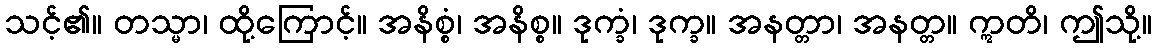
သင့်၏။ တသ္မာ၊ ထို့ကြောင့်။ အနိစ္စံ၊ အနိစ္စ။ ဒုက္ခံ၊ ဒုက္ခ။ အနတ္တာ၊ အနတ္တ။ ဣတိ၊ ဤသို့။